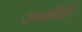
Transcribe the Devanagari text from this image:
शकांपैकी